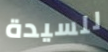
للسيدة